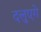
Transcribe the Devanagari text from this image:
दलुएगे